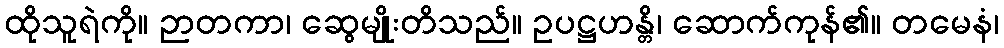
ထိုသူရဲကို။ ဉာတကာ၊ ဆွေမျိုးတိသည်။ ဥပဋ္ဌဟန္တိ၊ ဆောက်ကုန်၏။ တမေနံ၊